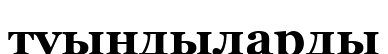
туындыларды